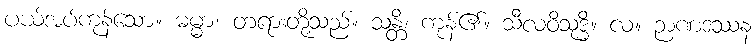
ပယ်အပ်ကုန်သော။ ဓမ္မာ၊ တရားတို့သည်။ သန္တိ၊ ကုန်၏။ သီလဝိသုဒ္ဓိ။ လ။ ဉာဏဒဿန